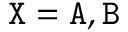
{ \tt X } = { \tt A } , { \tt B }